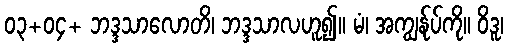
၀၃+၀၄+ ဘဒ္ဒသာလောတိ၊ ဘဒ္ဒသာလဟူ၍။ မံ၊ အကျွန်ုပ်ကို။ ဝိဒူ၊